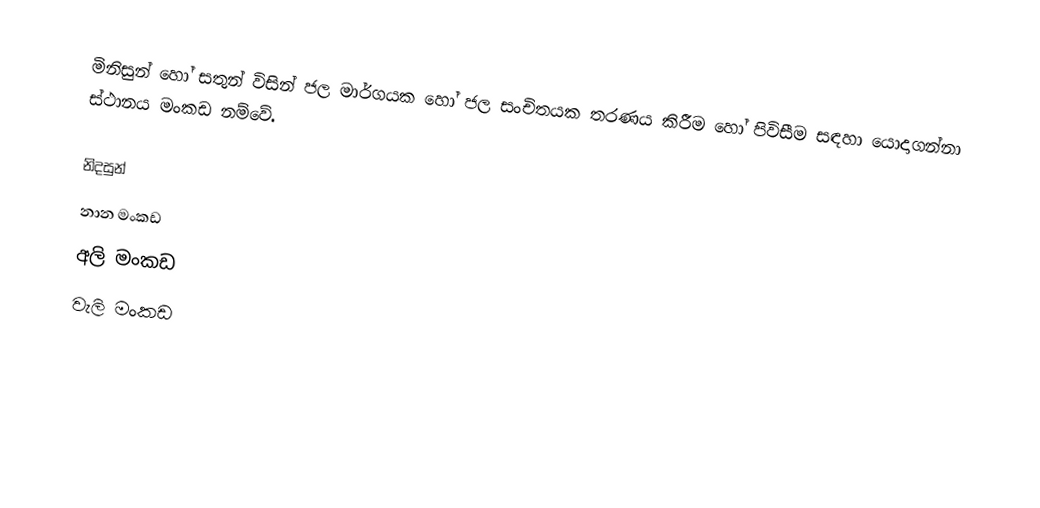
මිනිසුන් හෝ සතුන්  විසින් ජල මාර්ගයක හෝ ජල සංචිතයක තරණය කිරීම හෝ පිවිසීම සඳහා යොදාගන්නා ස්ථානය මංකඩ නම්වේ.

නිදසුන්
 නාන මංක‍ඩ
 අලි මංකඩ
 වැලි මංකඩ